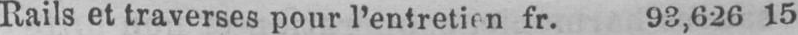
Rails et traverses pour l’entretien fr. 93,626 15